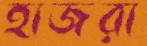
হাজরা